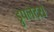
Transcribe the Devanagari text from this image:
ड्रुपलेट्स